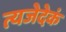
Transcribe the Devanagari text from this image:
त्यजेदेकं